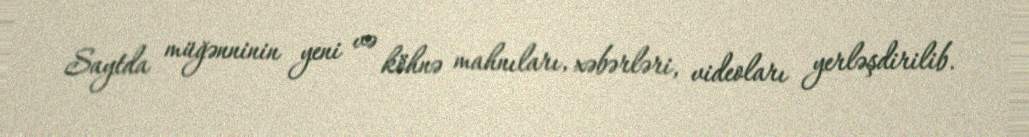
Saytda müğənninin yeni və köhnə mahnıları, xəbərləri, videoları yerləşdirilib.